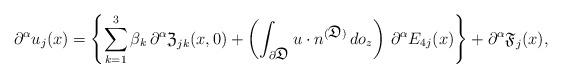
LaTeX: \begin{align*}\partial ^{ \alpha }u_j(x)=\left\{\sum_{k = 1}^3 \beta _k \, \partial ^{ \alpha }\mbox{$\mathfrak Z$}_{jk} (x,0)+ \left(\int_{ \partial \mbox{$\mathfrak D$} } u \cdot n ^{( \mbox{$\mathfrak D$} )} \, do_z\right) \, \partial ^{ \alpha }E_{4j}(x)\right\}+\partial ^{ \alpha }\mbox{$\mathfrak F$} _j(x),\end{align*}